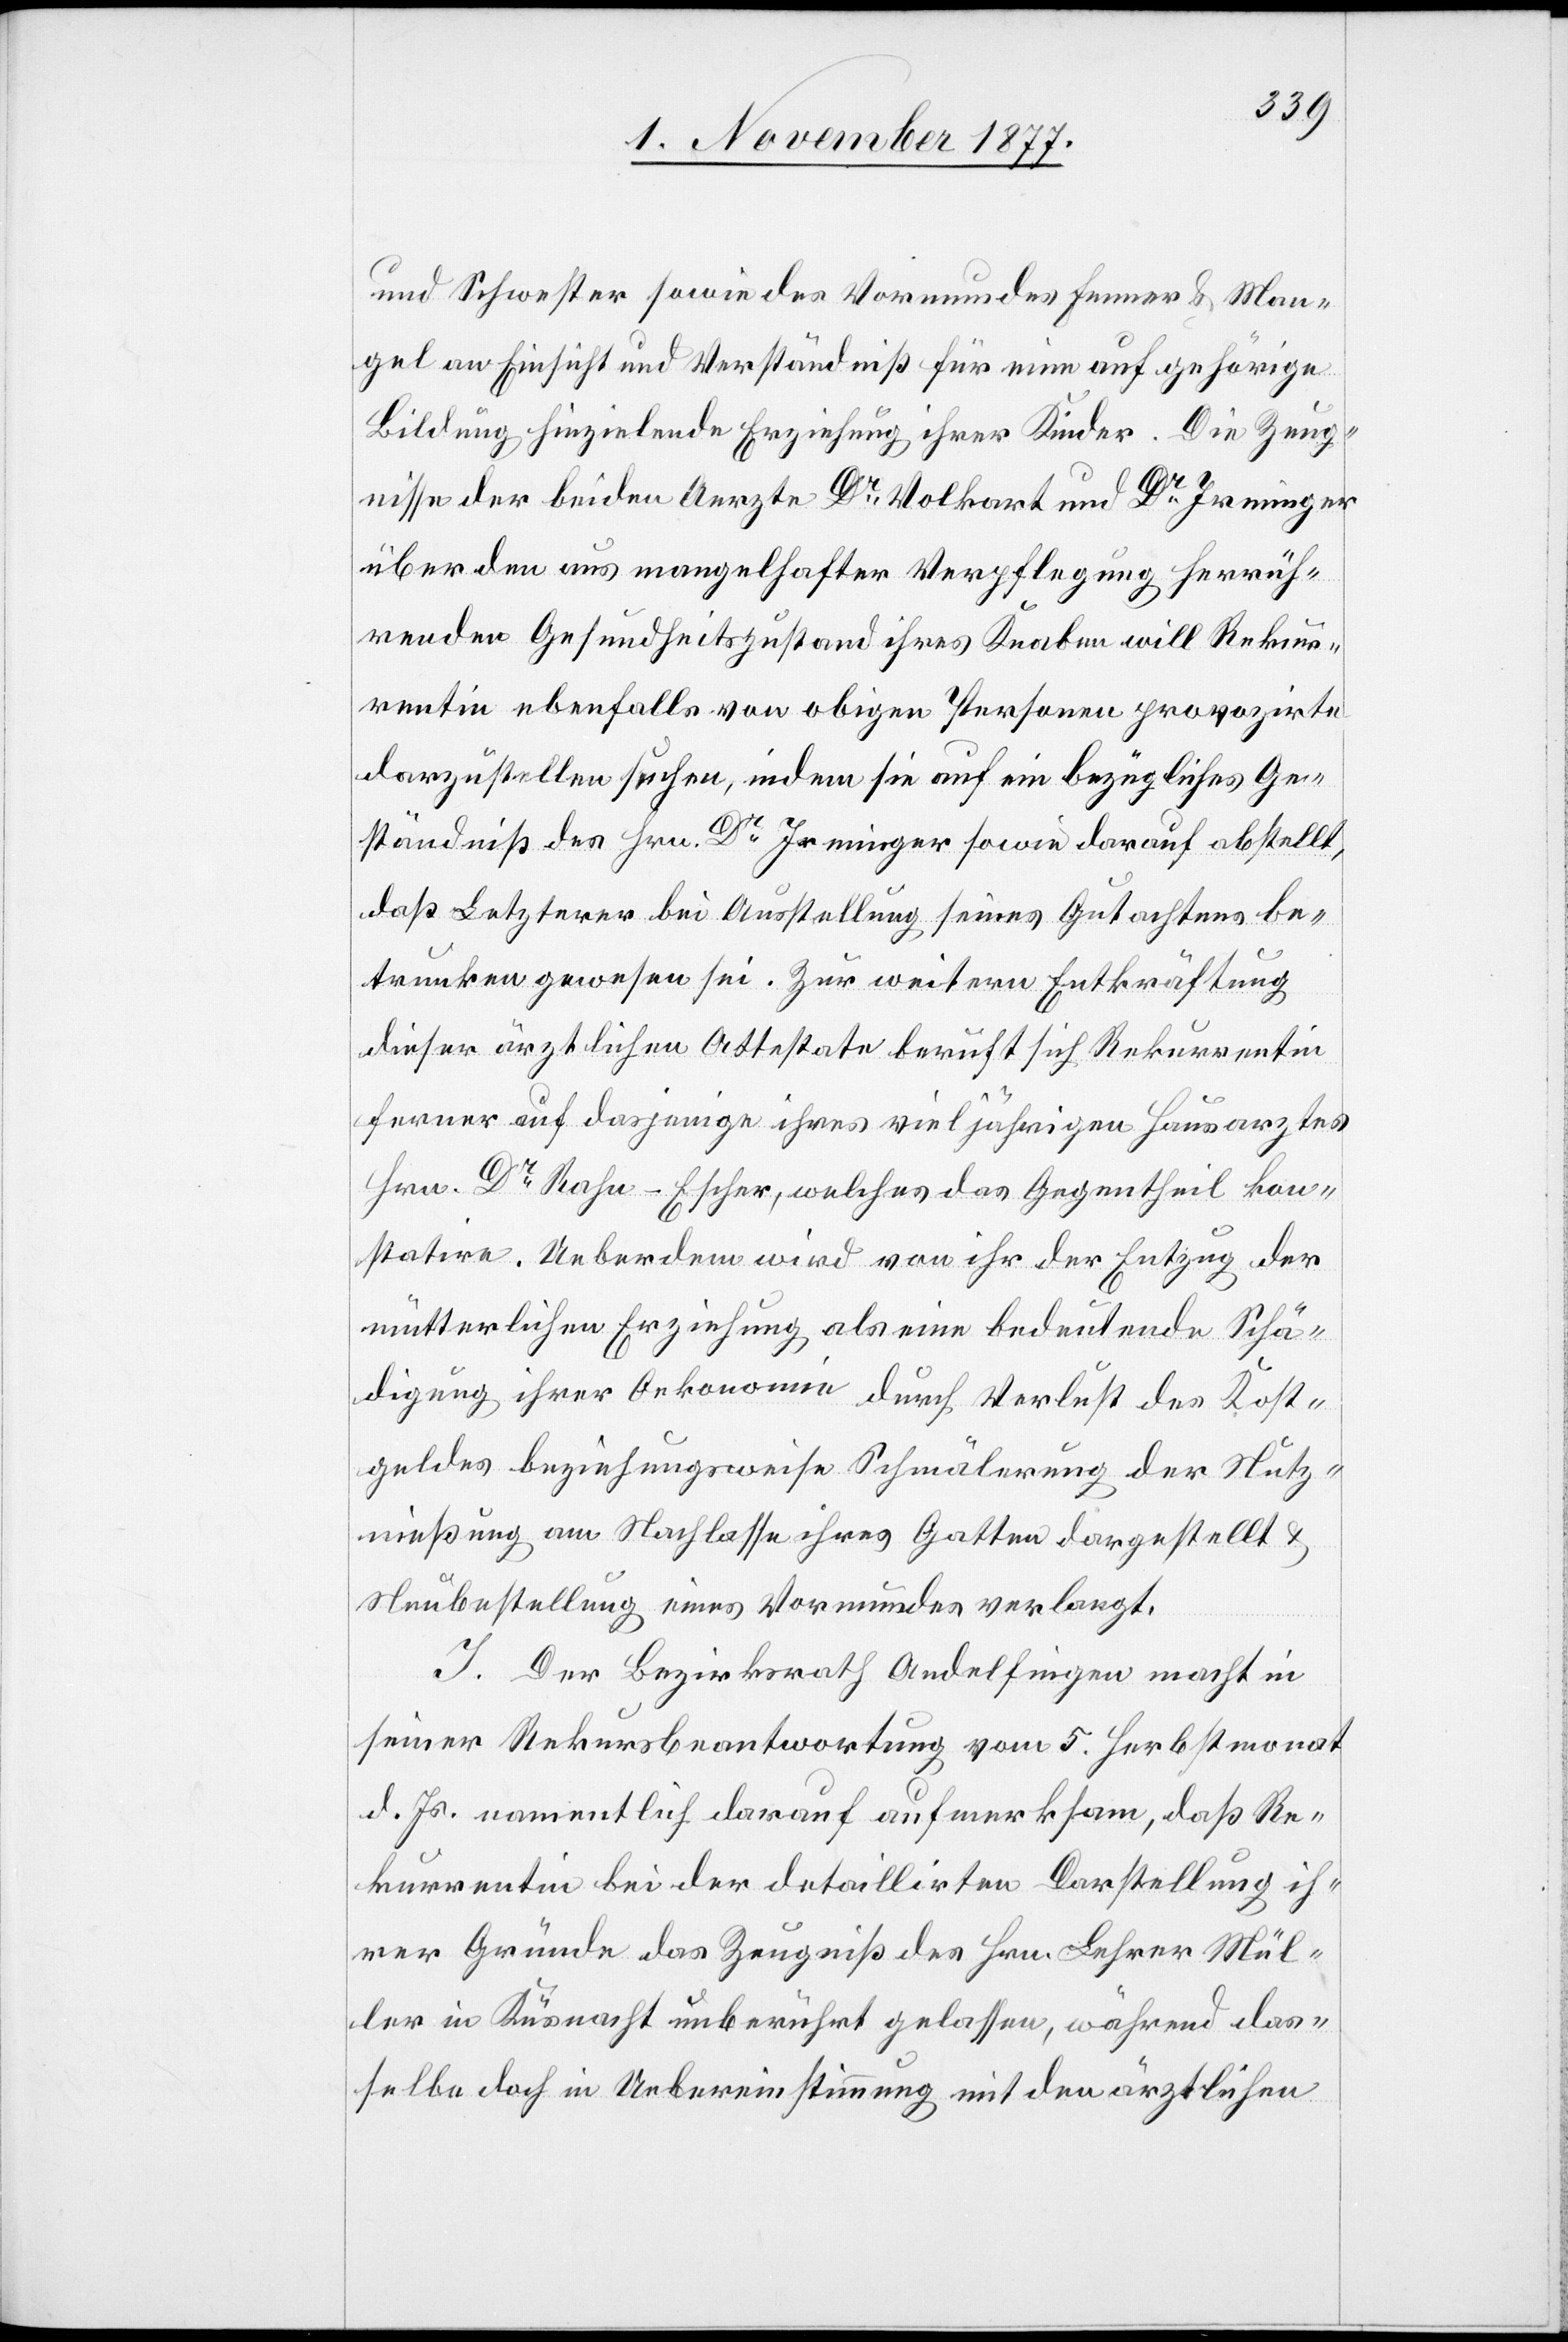
und Schwester sowie des Vormundes Fenner & Man¬
gel an Einsicht und Verständniß für eine auf gehörige
Bildung hinzielende Erziehung ihrer Kinder. Die Zeug¬
nisse der beiden Aerzte Dr Volkart und Dr Irminger
über den aus mangelhafter Verpflegung herrüh¬
renden Gesundheitszustand ihres Knaben will Rekur¬
rentin ebenfalls von obigen Personen provozirte
darzustellen suchen, indem sie auf ein bezügliches Ge¬
ständniß des Hrn. Dr Irminger sowie darauf abstellt,
daß Letzterer bei Ausstellung seines Gutachtens be¬
trunken gewesen sei. Zur weitern Entkräftung
dieser ärztlichen Attestate beruft sich Rekurrentin
ferner auf dasjenige ihres vieljährigen Hausarztes
Hrn. Dr Rahn-Escher, welches das Gegentheil kon¬
statire. Ueberdem wird von ihr der Entzug der
mütterlichen Erziehung als eine bedeutende Schä¬
digung ihrer Oekonomie durch Verlust des Kost¬
geldes beziehungsweise Schmälerung der Nutz¬
nießung am Nachlasse ihres Gatten dargestellt &
Neubestellung eines Vormundes verlangt.
I. Der Bezirksrath Andelfingen macht in
seiner Rekursbeantwortung vom 5. Herbstmonat
d. Js. namentlich darauf aufmerksam, daß Re¬
kurrentin bei der detaillirten Darstellung ih¬
rer Gründe das Zeugniß des Hrn. Lehrer Mül¬
ler in Küsnacht unberührt gelassen, während das¬
selbe doch in Uebereinstimmung mit den ärztlichen